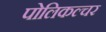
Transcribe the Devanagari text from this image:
पोलिकल्चर